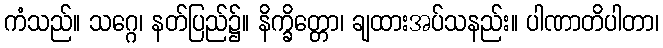
ကံသည်။ သဂ္ဂေ၊ နတ်ပြည်၌။ နိက္ခိတ္တော၊ ချထားအပ်သနည်း။ ပါဏာတိပါတာ၊